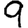
Digit: 9